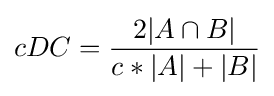
cDC={\frac {2|A\cap B|}{c*|A|+|B|}}